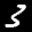
Label: 3